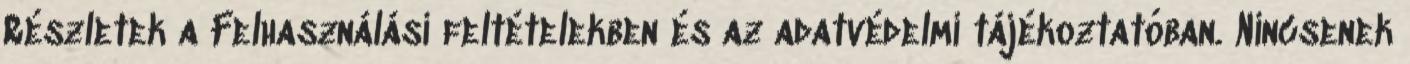
Részletek a Felhasználási feltételekben és az adatvédelmi tájékoztatóban. Nincsenek